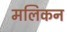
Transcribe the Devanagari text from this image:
मलिकन